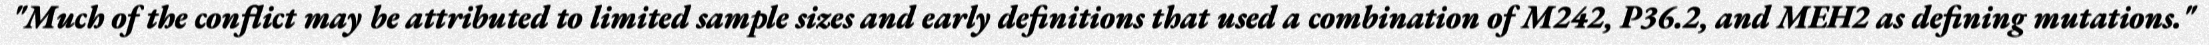
"Much of the conflict may be attributed to limited sample sizes and early definitions that used a combination of M242, P36.2, and MEH2 as defining mutations."